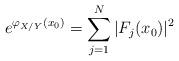
LaTeX: \begin{align*}e^{\varphi_{X/Y}(x_0)}= \sum_{j=1}^N |F_j(x_0)|^2\end{align*}